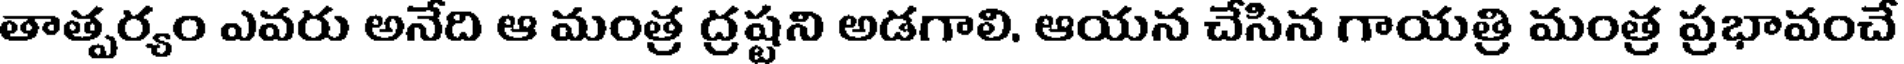
తాత్పర్యం ఎవరు అనేది ఆ మంత్ర ద్రష్టని అడగాలి. ఆయన చేసిన గాయత్రి మంత్ర ప్రభావంచే